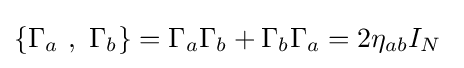
\{\Gamma _{a}~,~\Gamma _{b}\}=\Gamma _{a}\Gamma _{b}+\Gamma _{b}\Gamma _{a}=2\eta _{ab}I_{N}~